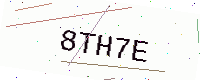
Text: 8TH7E